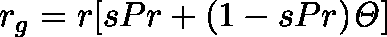
r _ { g } = r [ s P r + ( 1 - s P r ) \mathit { \Theta } ]